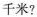
千米?